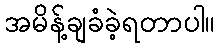
အမိန့်ချခံခဲ့ရတာပါ။